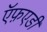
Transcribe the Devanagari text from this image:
ऍफ़एडी